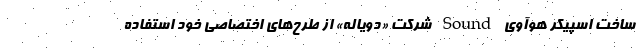
ساخت اسپیکر هوآوی Sound شرکت «دویاله» از طرح‌های اختصاصی خود استفاده